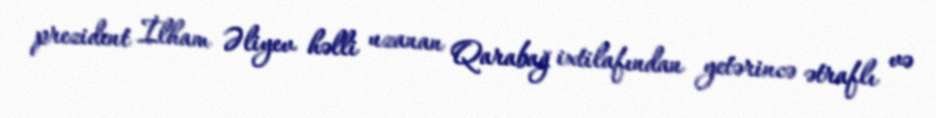
prezident İlham Əliyev həlli uzanan Qarabağ ixtilafından yetərincə ətraflı və